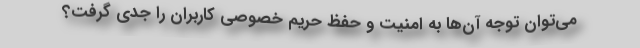
می‌توان توجه آن‌ها به امنیت و حفظ حریم خصوصی کاربران را جدی گرفت؟